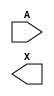
/**
 * Copyright 2020 The SkyWater PDK Authors
 *
 * Licensed under the Apache License, Version 2.0 (the "License");
 * you may not use this file except in compliance with the License.
 * You may obtain a copy of the License at
 *
 *     https://www.apache.org/licenses/LICENSE-2.0
 *
 * Unless required by applicable law or agreed to in writing, software
 * distributed under the License is distributed on an "AS IS" BASIS,
 * WITHOUT WARRANTIES OR CONDITIONS OF ANY KIND, either express or implied.
 * See the License for the specific language governing permissions and
 * limitations under the License.
 *
 * SPDX-License-Identifier: Apache-2.0
 */

`ifndef SKY130_FD_SC_HD__DLYMETAL6S2S_SYMBOL_V
`define SKY130_FD_SC_HD__DLYMETAL6S2S_SYMBOL_V

/**
 * dlymetal6s2s: 6-inverter delay with output from 2nd stage on
 *               horizontal route.
 *
 * Verilog stub (without power pins) for graphical symbol definition
 * generation.
 *
 * WARNING: This file is autogenerated, do not modify directly!
 */

`timescale 1ns / 1ps
`default_nettype none

(* blackbox *)
module sky130_fd_sc_hd__dlymetal6s2s (
    //# {{data|Data Signals}}
    input  A,
    output X
);

    // Voltage supply signals
    supply1 VPWR;
    supply0 VGND;
    supply1 VPB ;
    supply0 VNB ;

endmodule

`default_nettype wire
`endif  // SKY130_FD_SC_HD__DLYMETAL6S2S_SYMBOL_V